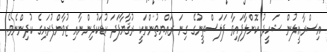
އިސްރާއީލުން ޝަހީދު ކޮށްލާފައިވާ ފަލަސްތީނުގެ ގިނަ ރައްޔިތުންނަކީ ރުޤާޔާފަދަ ކުޑަކުދިންނާއި ޒުވާންފުރައިގެ ކުދިންނެވެ.